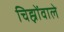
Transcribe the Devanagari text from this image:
चिह्नोंवाले